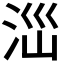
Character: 𣳺